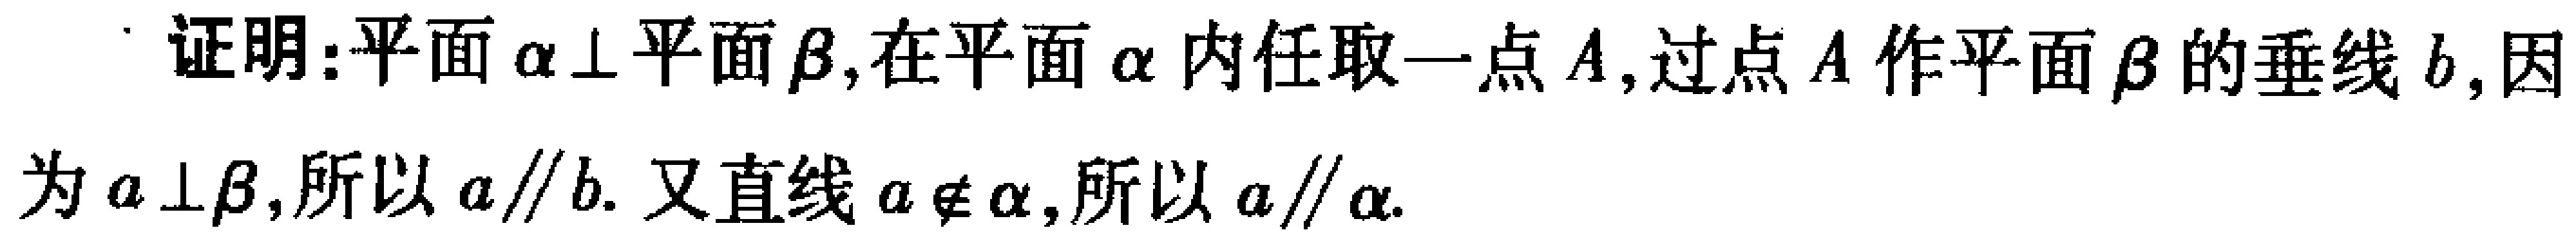
证明：平面$\alpha \perp$平面$\beta$，在平面$\alpha$内任取一点$A$，过点$A$作平面$\beta$的垂线$b$，因为$a \perp \beta$，所以$a \parallel b$. 又直线$a \not\subset \alpha$，所以$a \parallel \alpha$.